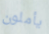
يأملون